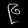
Digit: ၉